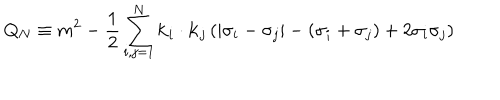
LaTeX: Q _ { N } \equiv m ^ { 2 } - { \frac { 1 } { 2 } } \sum _ { i , j = 1 } ^ { N } { \bf k } _ { i } \cdot { \bf k } _ { j } \left( | \sigma _ { i } - \sigma _ { j } | - ( \sigma _ { i } + \sigma _ { j } ) + 2 \sigma _ { i } \sigma _ { j } \right)